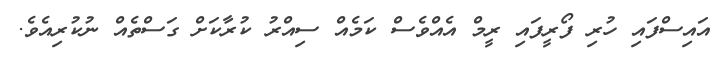
އައިސްފައި ހުރި ފޯރީފައި ރީމް އެއްވެސް ކަމެއް ސިއްރު ކުރާކަށް ގަސްތެއް ނުކުރިއެވެ.